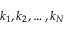
k _ { 1 } , k _ { 2 } , \ldots , k _ { N }